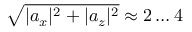
\sqrt { | a _ { x } | ^ { 2 } + | a _ { z } | ^ { 2 } } \approx 2 \ldots 4